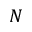
N